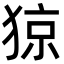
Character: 猄